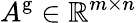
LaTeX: A^{\mathrm{g}}\in\mathbb{R}^{m\times n}